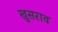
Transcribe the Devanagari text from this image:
खुसराव